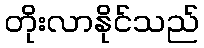
တိုးလာနိုင်သည်